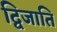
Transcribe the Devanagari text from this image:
द्विजाति